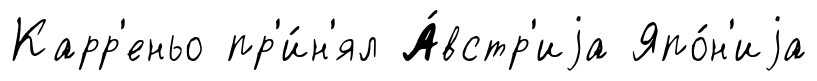
Карр'еньо пр'и́н'ял А́встр'иjа Япо́н'иjа